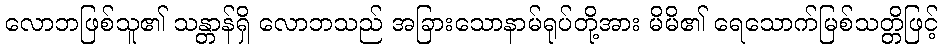
လောဘဖြစ်သူ၏ သန္တာန်ရှိ လောဘသည် အခြားသောနာမ်ရုပ်တို့အား မိမိ၏ ရေသောက်မြစ်သတ္တိဖြင့်